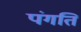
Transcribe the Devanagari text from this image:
पंगति